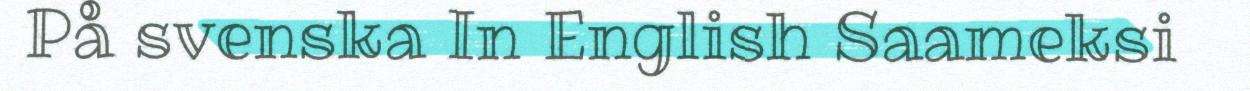
På svenska In English Saameksi